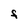
Character: F